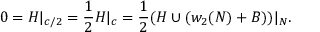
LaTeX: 0 = H | _ { c / 2 } = \frac { 1 } { 2 } H | _ { c } = \frac { 1 } { 2 } ( H \cup ( w _ { 2 } ( N ) + B ) ) | _ { N } .